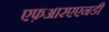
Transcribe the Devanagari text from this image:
एफ़आरएएनडी